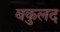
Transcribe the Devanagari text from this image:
बकुलद